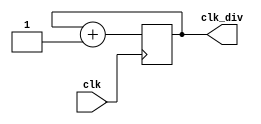

module clk_div(
    input  wire        clk,
    output reg  [31:0] clk_div
    );
    
    always @ (posedge clk)
        clk_div <= clk_div + 1;

endmodule

// 100 Mhz
// 50 MHz
// 25 MHz
// 12.5 MHz
// 6.25 MHz
// 3.125 MHz
// 1.5625 MHz
// 781.25 KHz
// 390.625 KHz
// 195.53125 KHz
// 97.65625 KHz
// 48.828125 KHz
// 24.4140625 KHz
// 12.2070313 KHz
// 6.10351565 KHz
// 3.05175783 KHz
// 1.52587892 KHz
// 762.93946 Hz
// 381.46973 Hz
// 190.734865 Hz
// 95.3674325 Hz
// 47.6837163 Hz
// 23.8418582 Hz
// 11.9209291 Hz
// 5.96046455 Hz
// 2.98023228 Hz
// 1.49011614 Hz
// 1/(1.34s)
// 1/(2.68s)
// 1/(5.37s)
// 1/(10.74s)
// 1/(21.47s)
// 1/(42.95s)
// 1/(85.90s)